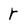
Character: r